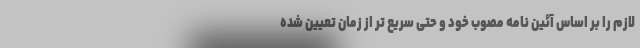
لازم را بر اساس آئین نامه مصوب خود و حتی سریع تر از زمان تعیین شده